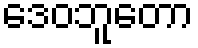
ဒေဝဘူတော